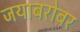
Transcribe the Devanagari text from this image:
जयाबरोबर